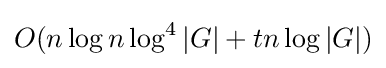
O(n\log n\log ^{4}|G|+tn\log |G|)